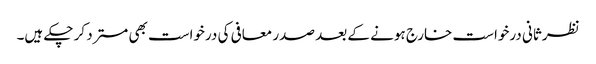
نظرثانی درخواست خارج ہونے کے بعد صدر معافی کی درخواست بھی مسترد کر چکے ہیں۔